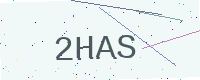
Text: 2HAS